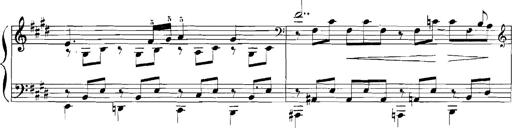
Title: Rhapsodies hongroises
Composer: Franz Liszt